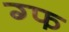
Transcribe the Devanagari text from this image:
ग्फ